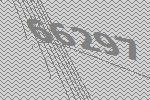
66297